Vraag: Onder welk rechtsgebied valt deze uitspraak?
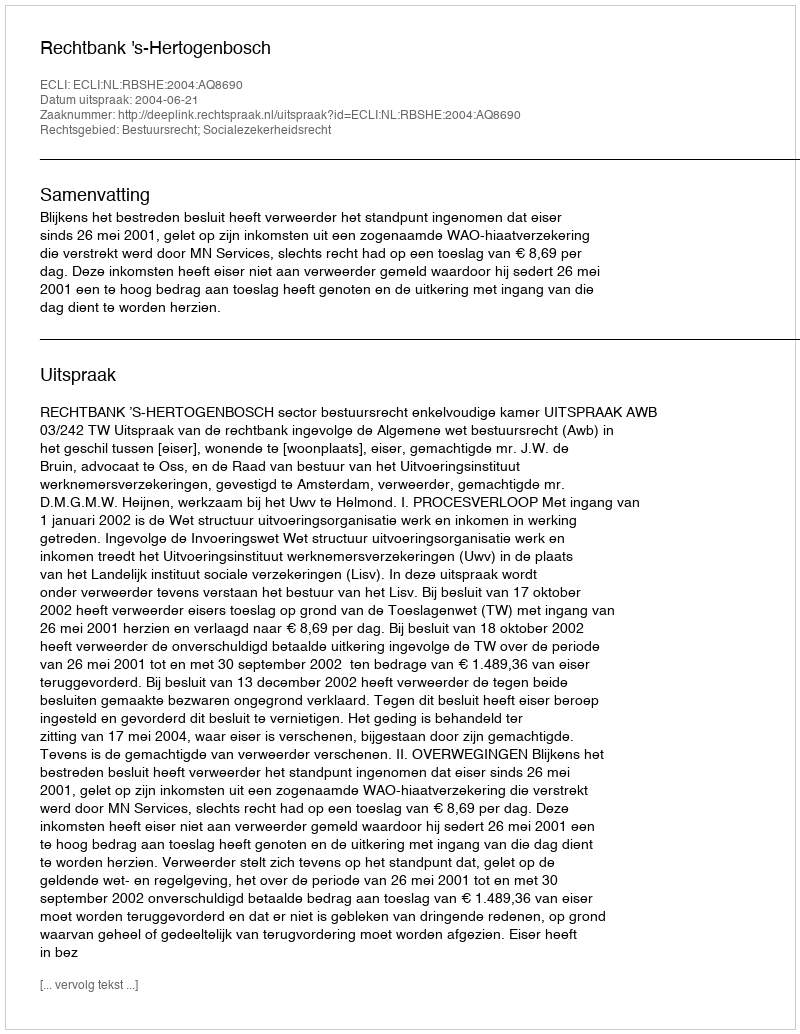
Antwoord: Bestuursrecht; Socialezekerheidsrecht